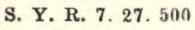
S. Y. R. 7. 27. 500